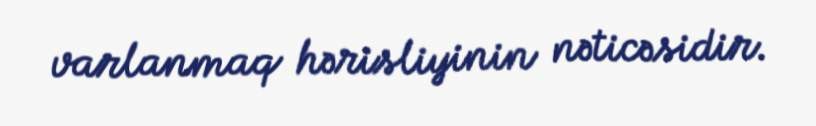
varlanmaq hərisliyinin nəticəsidir.